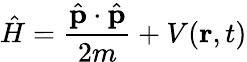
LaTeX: {\hat{H}}={\frac{{\hat{\mathbf{p}}}\cdot{\hat{\mathbf{p}}}}{2m}}+V(\mathbf{r},t)